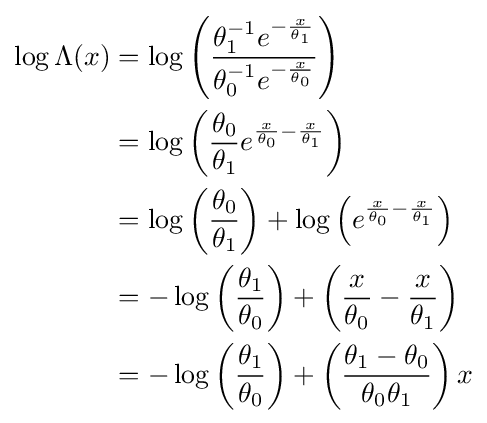
{\begin{aligned}\log \Lambda (x)&=\log \left({\frac {\theta _{1}^{-1}e^{-{\frac {x}{\theta _{1}}}}}{\theta _{0}^{-1}e^{-{\frac {x}{\theta _{0}}}}}}\right)\\&=\log \left({\frac {\theta _{0}}{\theta _{1}}}e^{{\frac {x}{\theta _{0}}}-{\frac {x}{\theta _{1}}}}\right)\\&=\log \left({\frac {\theta _{0}}{\theta _{1}}}\right)+\log \left(e^{{\frac {x}{\theta _{0}}}-{\frac {x}{\theta _{1}}}}\right)\\&=-\log \left({\frac {\theta _{1}}{\theta _{0}}}\right)+\left({\frac {x}{\theta _{0}}}-{\frac {x}{\theta _{1}}}\right)\\&=-\log \left({\frac {\theta _{1}}{\theta _{0}}}\right)+\left({\frac {\theta _{1}-\theta _{0}}{\theta _{0}\theta _{1}}}\right)x\end{aligned}}